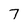
Character: 7